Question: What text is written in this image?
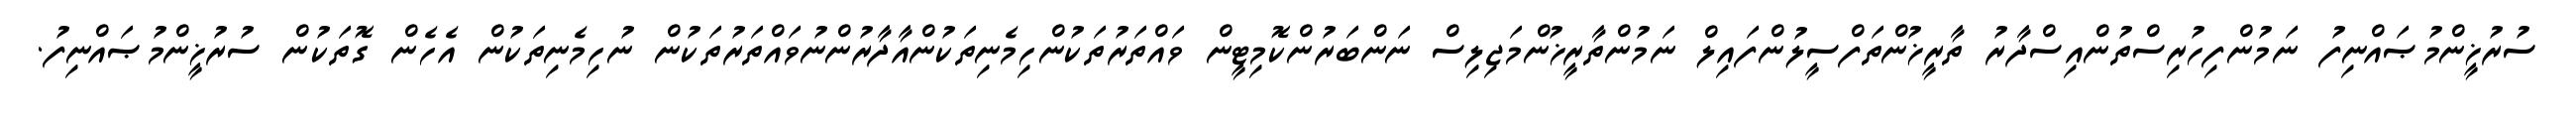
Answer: ސުރުޚީންމުޞައްނިފު ނަމުންފިހުރިސްތުންއިސްދާރު ތާރީޚުންތަފްސީލުންފައިލް ނަމުންތާރީޚުންމަޖިލިސް ނަންބަރުންކޮމިޓީން ވައްތަރުތަކުންހިމެނިތަކުންއާދާރުންނުވައްތަރުތަކުން ނުހިމެނިތަކުން އެހެން ގޮތަކުން ސުރުޚީންމުޞައްނިފު.